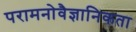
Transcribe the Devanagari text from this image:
परामनोवैज्ञानिकता